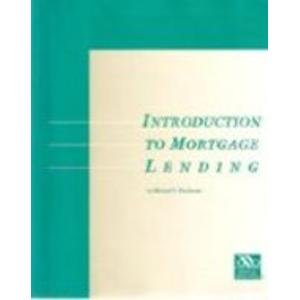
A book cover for Introduction to Mortgage Lending (American Bankers Association); Michael R. Buchanan; Business & Money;